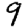
Digit: 9